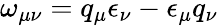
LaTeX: \omega_{\mu\nu}=q_{\mu}\epsilon_{\nu}-\epsilon_{\mu}q_{\nu}